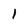
Character: 1